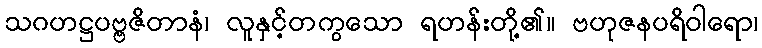
သဂဟဋ္ဌပဗ္ဗဇိတာနံ၊ လူနှင့်တကွသော ရဟန်းတို့၏။ ဗဟုဇနပရိဝါရော၊